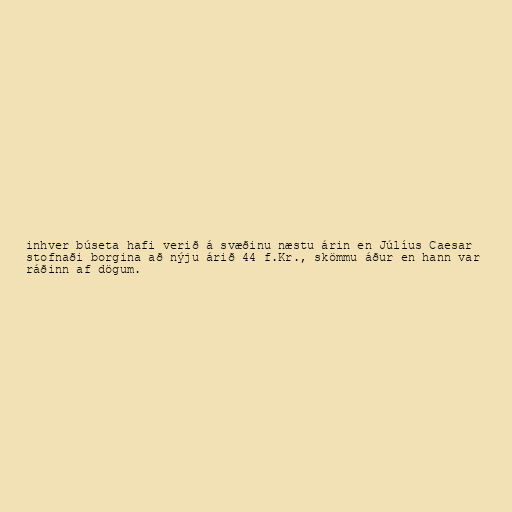
inhver búseta hafi verið á svæðinu næstu árin en Júlíus Caesar
stofnaði borgina að nýju árið 44 f.Kr., skömmu áður en hann var
ráðinn af dögum.